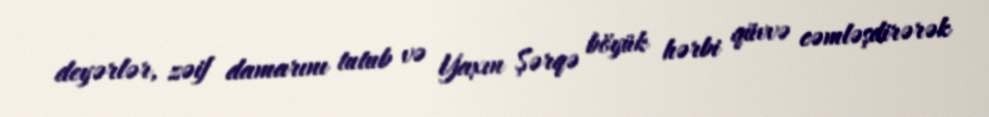
deyərlər, zəif damarını tutub və Yaxın Şərqə böyük hərbi qüvvə cəmləşdirərək